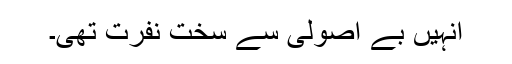
انہیں بے اُصولی سے سخت نفرت تھی۔